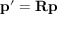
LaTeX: \mathbf { p } ^ { \prime } = \mathbf { R } \mathbf { p }